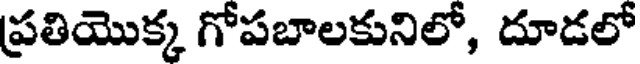
ప్రతియొక్క గోపబాలకునిలో, దూడలో